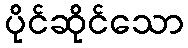
ပိုင်ဆိုင်သော